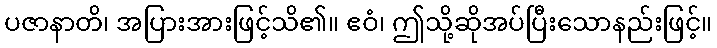
ပဇာနာတိ၊ အပြားအားဖြင့်သိ၏။ ဧဝံ၊ ဤသို့ဆိုအပ်ပြီးသောနည်းဖြင့်။